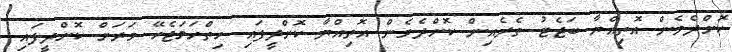
ކޮށްދެވެން އޮތިއްޔާ ބަޖެޓު ތެރެއިން ކޮށްދެވެން އޮތިއްޔާ ކޮށްދީފައި ހިތްހަމަޖެހޭ ވަރަށް ކޮށްދީފައި